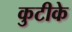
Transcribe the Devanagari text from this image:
कुटीके